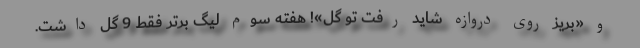
و «بریز روی دروازه شاید رفت تو گل»! هفته سوم لیگ برتر فقط 9 گل داشت.